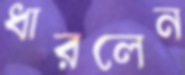
ধারলেন